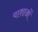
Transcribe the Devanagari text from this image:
पाशाओं